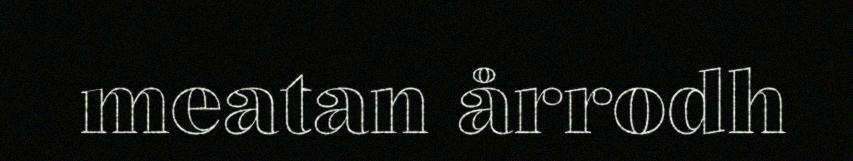
meatan årrodh